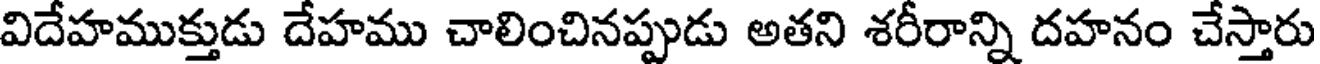
విదేహముక్తుడు దేహము చాలించినప్పుడు అతని శరీరాన్ని దహనం చేస్తారు